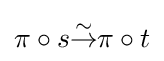
\pi \circ s{\overset {\sim }{\to }}\pi \circ t